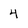
Character: 4